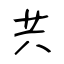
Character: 共